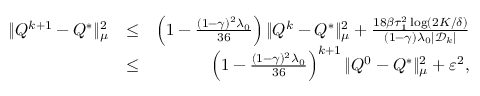
\begin{array} { r l r } { \| Q ^ { k + 1 } - Q ^ { * } \| _ { \mu } ^ { 2 } } & { \leq } & { \left( 1 - \frac { ( 1 - \gamma ) ^ { 2 } \lambda _ { 0 } } { 3 6 } \right) \| Q ^ { k } - Q ^ { * } \| _ { \mu } ^ { 2 } + \frac { 1 8 \beta \tau _ { 1 } ^ { 2 } \log ( 2 K / \delta ) } { ( 1 - \gamma ) \lambda _ { 0 } | \mathcal { D } _ { k } | } } \\ & { \leq } & { \left( 1 - \frac { ( 1 - \gamma ) ^ { 2 } \lambda _ { 0 } } { 3 6 } \right) ^ { k + 1 } \| Q ^ { 0 } - Q ^ { * } \| _ { \mu } ^ { 2 } + \varepsilon ^ { 2 } , } \end{array}